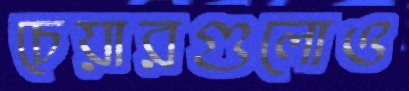
চেয়ারগুলোও